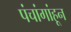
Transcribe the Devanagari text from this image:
पंचांगांहून